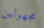
مجهولين